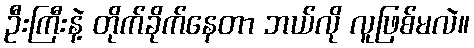
ဦးကြီးနဲ့ တိုက်ခိုက်နေတာ ဘယ်လို လူဖြစ်မလဲ။